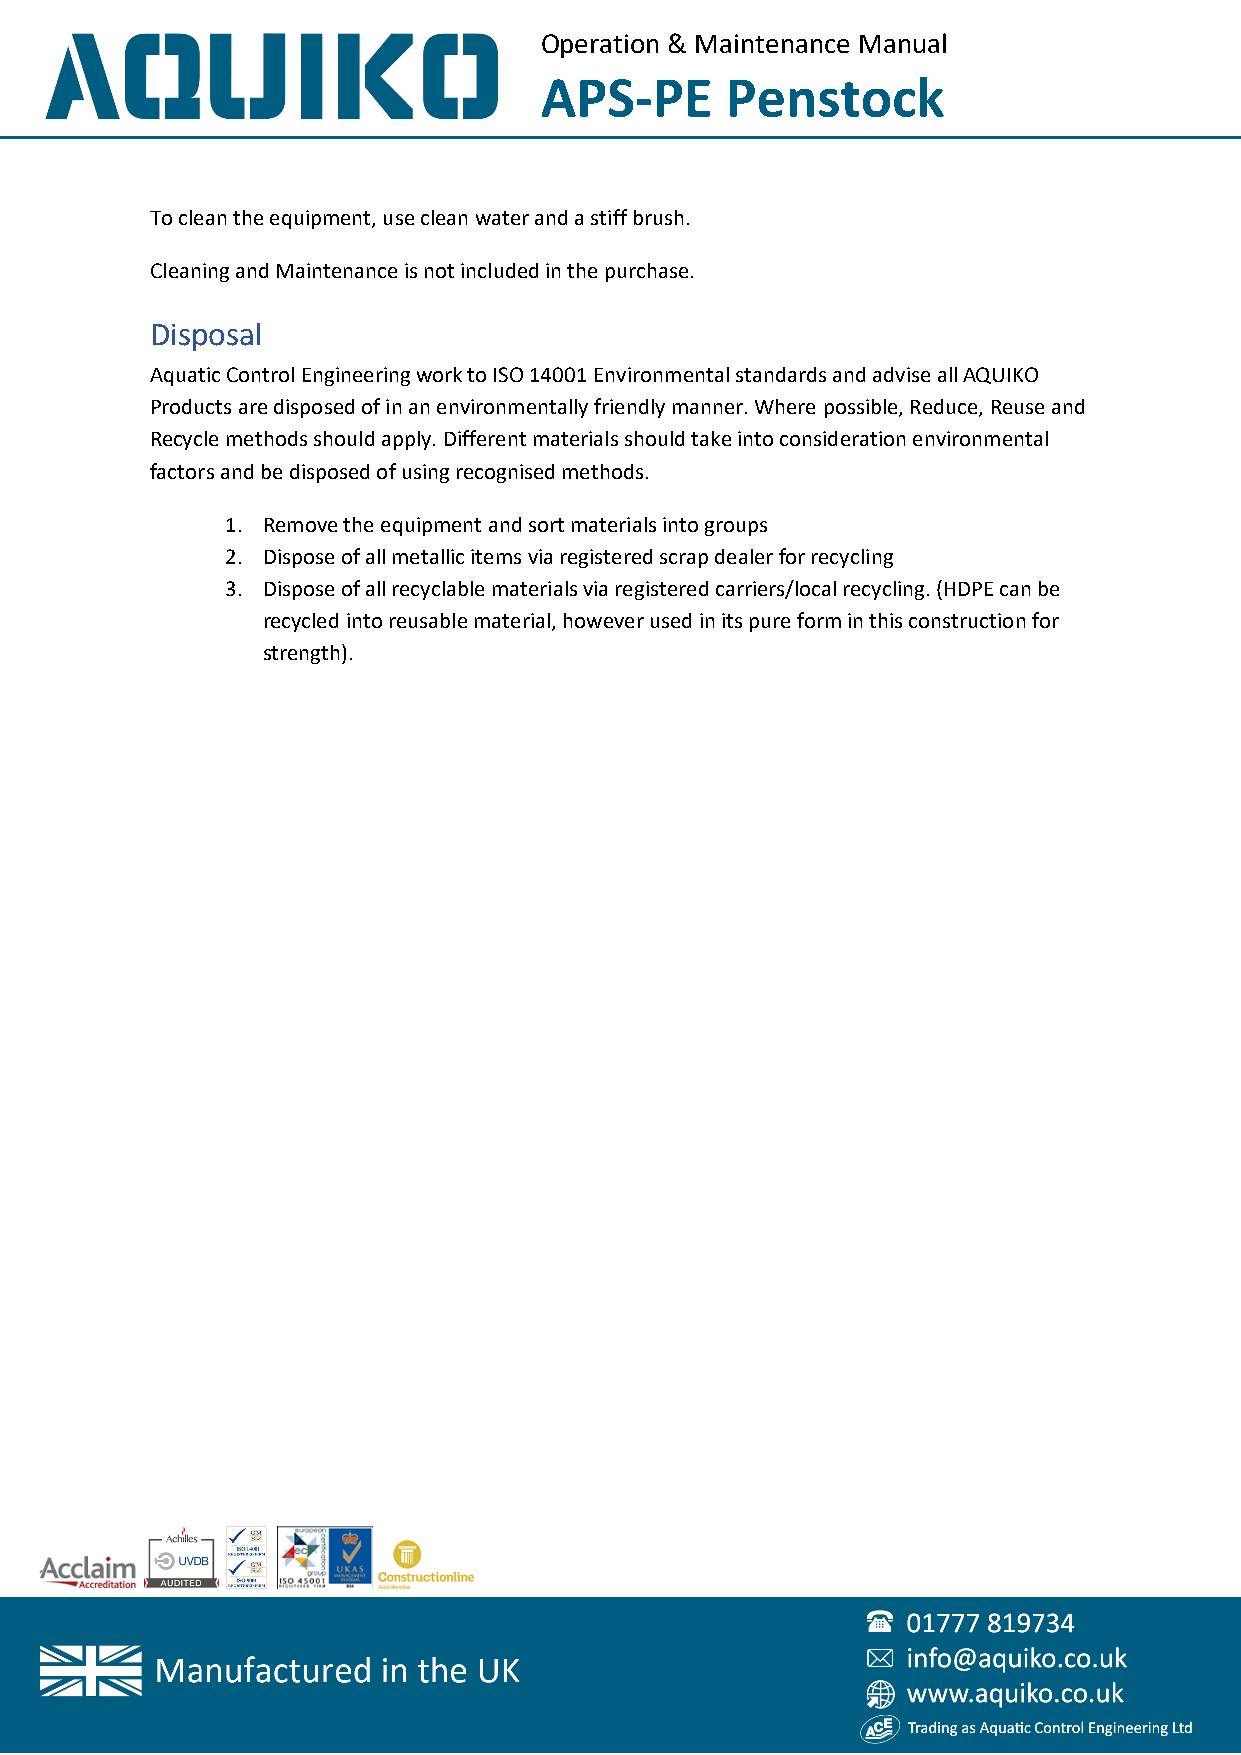
Operation & Maintenance Manual
 APS-PE      Penstock
 To clean the equipment, use clean water and a stiff brush.
 Cleaning and Maintenance is not included in the purchase.
 Disposal
 Aquatic Control Engineering work to ISO 14001 Environmental standards and advise all AQUIKO
 Products are disposed of in an environmentally friendly manner. Where possible, Reduce, Reuse and
 Recycle methods should apply. Different materials should take into consideration environmental
 factors and be disposed of using recognised methods.
 1. Remove the equipment and sort materials into groups
 2. Dispose of all metallic items via registered scrap dealer for recycling
 3. Dispose of all recyclable materials via registered carriers/local recycling. (HDPE can be
 recycled into reusable material, however used in its pure form in this construction for
 strength).